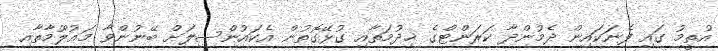
އުތީމު ގައި ފެނަކައިން ދެމުންދާ ކަރަންޓްގެ ޚިދުމަތާއި ގުޅޭގޮތުން އެކައުންސިލަށް ބޭނުންވާ މަޢުލޫމާތާއި